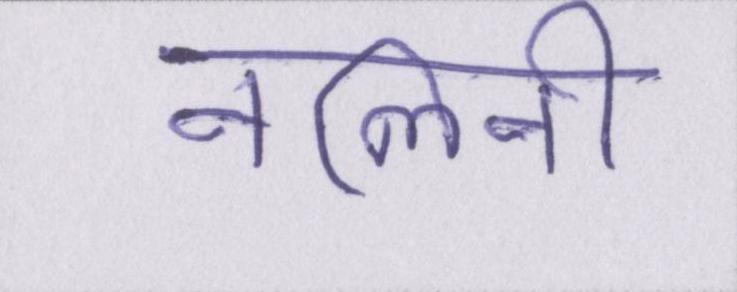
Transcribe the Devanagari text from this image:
नलिनी